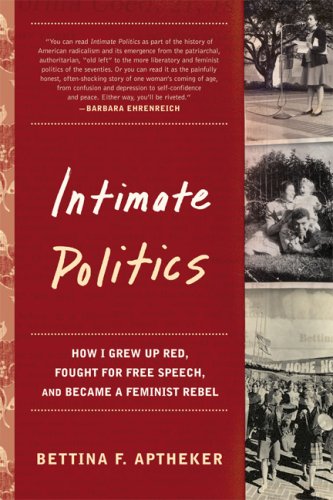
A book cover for Intimate Politics: How I Grew Up Red, Fought for Free Speech, and Became a Feminist Rebel; Bettina F. Aptheker; Gay & Lesbian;